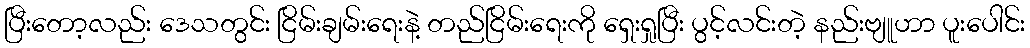
ပြီးတော့လည်း ဒေသတွင်း ငြိမ်းချမ်းရေးနဲ့ တည်ငြိမ်းရေးကို ရှေးရှုပြီး ပွင့်လင်းတဲ့ နည်းဗျူဟာ ပူးပေါင်း